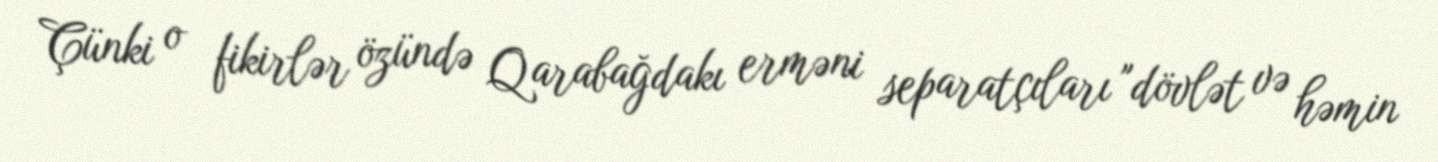
Çünki o fikirlər özündə Qarabağdakı erməni separatçıları "dövlət və həmin